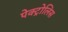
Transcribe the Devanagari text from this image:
पेक्ट्रोलिस